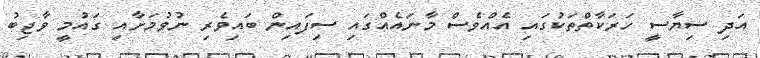
އަދި ސިޔާސީ ހަރަކާތްތަކުގައި އެއްވެސް މާނައެއްގައި ސިފައިން ބައިވެރި ނުވުމަށާއި ގައުމީ ވާޖިބު